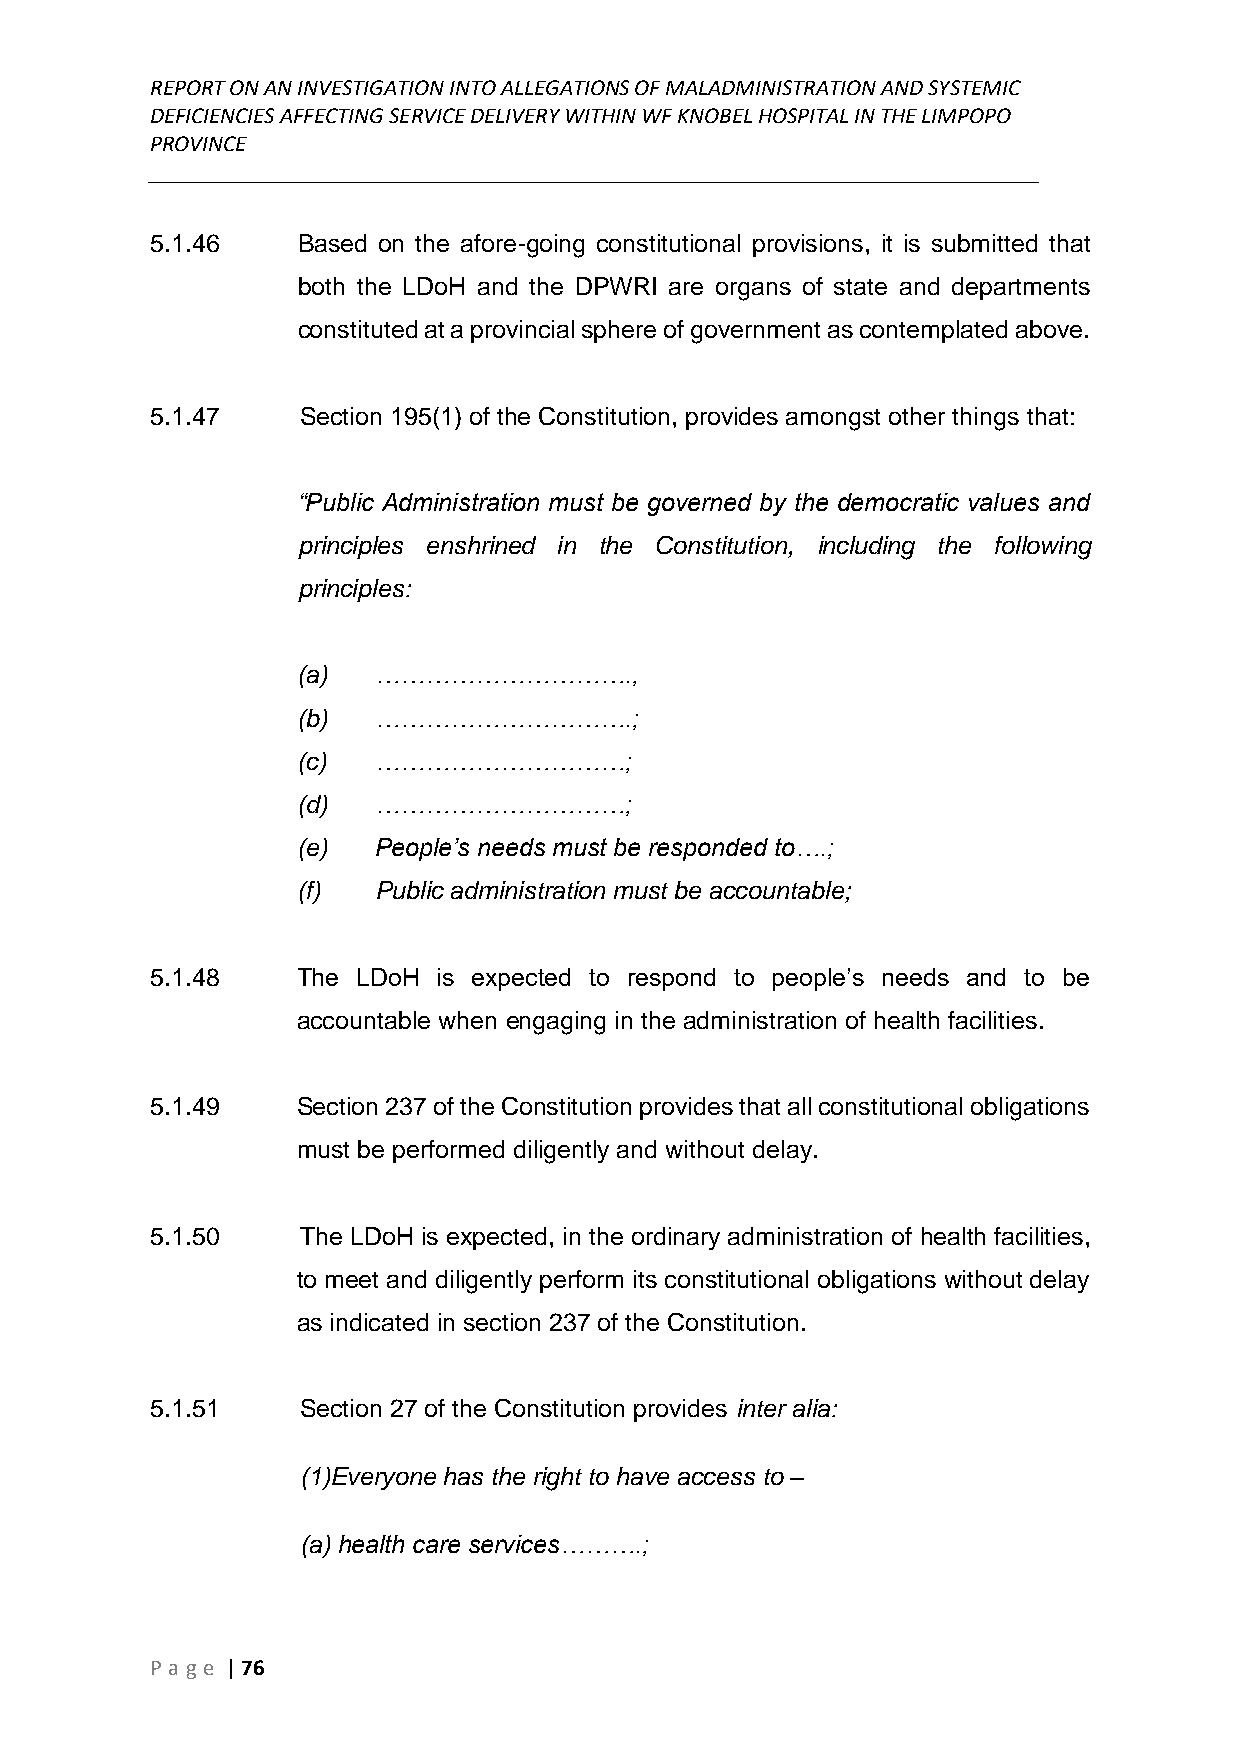
REPORT ON AN INVESTIGATION INTO ALLEGATIONS OF MALADMINISTRATION AND SYSTEMIC
 DEFICIENCIES AFFECTING SERVICE DELIVERY WITHIN WF KNOBEL HOSPITAL IN THE LIMPOPO
 PROVINCE
 ______________________________________________________________________________
 5.1.46    Based on the afore-going constitutional provisions, it is submitted that
 both the LDoH and the DPWRI are organs of state and departments
 constituted at a provincial sphere of government as contemplated above.
 5.1.47    Section 195(1) of the Constitution, provides amongst other things that:
 “Public Administration must be governed by the democratic values and
 principles enshrined in the Constitution, including the following
 principles:
 (a)  ………………………….,
 (b)  ………………………….;
 (c)  …………………………;
 (d)  …………………………;
 (e)  People’s needs must be responded to….;
 (f)  Public administration must be accountable;
 5.1.48    The LDoH is expected to respond to people’s needs and to be
 accountable when engaging in the administration of health facilities.
 5.1.49    Section 237 of the Constitution provides that all constitutional obligations
 must be performed diligently and without delay.
 5.1.50    The LDoH is expected, in the ordinary administration of health facilities,
 to meet and diligently perform its constitutional obligations without delay
 as indicated in section 237 of the Constitution.
 5.1.51    Section 27 of the Constitution provides inter alia:
 (1)Everyone has the right to have access to –
 (a) health care services……….;
 P age | 76